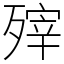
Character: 㱰